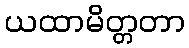
ယထာမိတ္တတာ